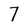
Character: 7